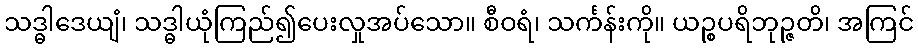
သဒ္ဓါဒေယျံ၊ သဒ္ဓါယုံကြည်၍ပေးလှုအပ်သော။ စီဝရံ၊ သင်္ကန်းကို။ ယဉ္စပရိဘုဉ္ဇတိ၊ အကြင်